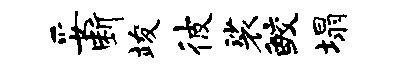
妥断竣彼裟鲛塌